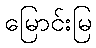
မြောင်းမြ